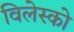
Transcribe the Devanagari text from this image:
विलेस्को